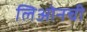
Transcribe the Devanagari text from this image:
लिओनची